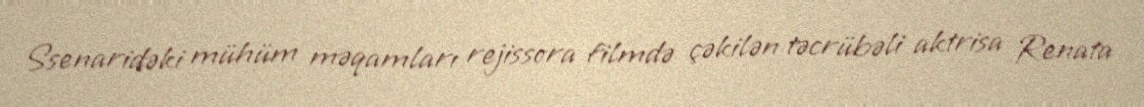
Ssenaridəki mühüm məqamları rejissora filmdə çəkilən təcrübəli aktrisa Renata